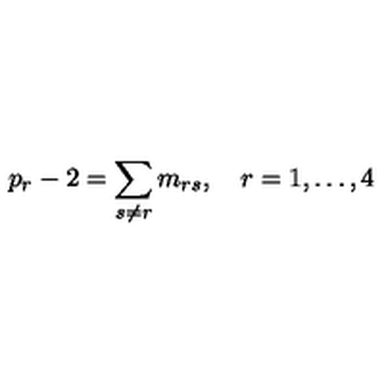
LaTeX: p _ { r } - 2 = \sum _ { s \neq r } m _ { r s } , \quad r = 1 , \ldots , 4